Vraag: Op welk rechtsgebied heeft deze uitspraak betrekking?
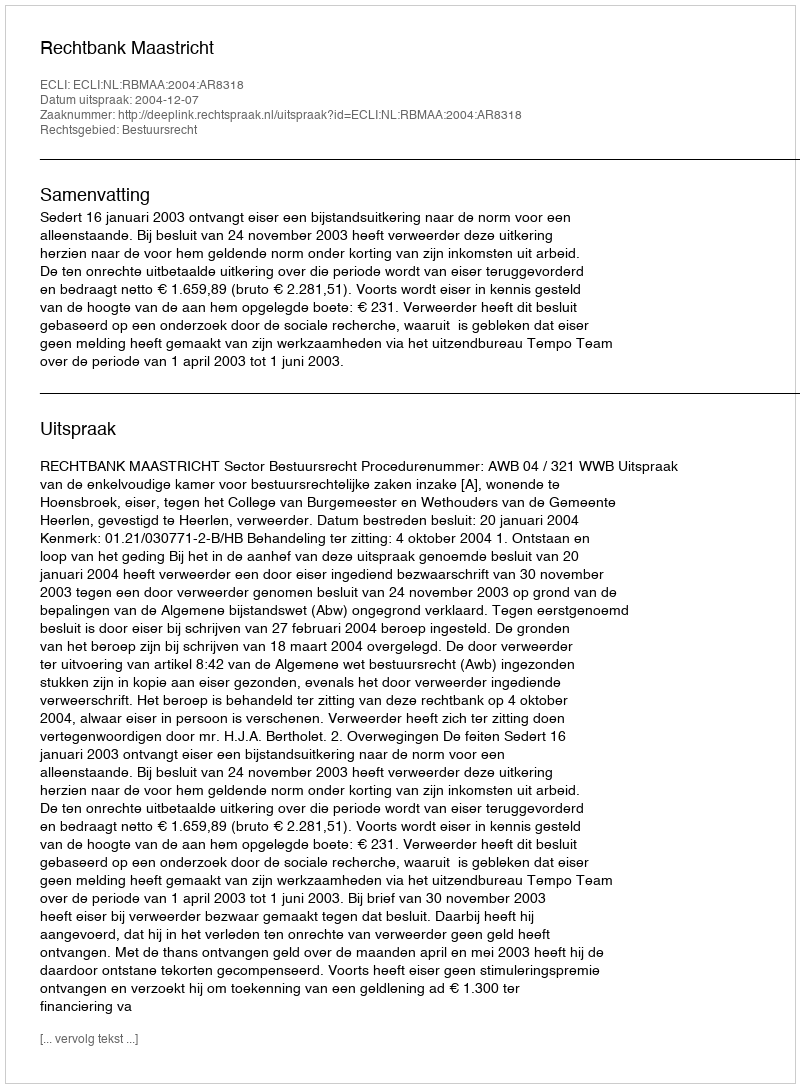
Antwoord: Bestuursrecht